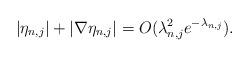
LaTeX: \begin{align*} \begin{aligned} |\eta_{n,j}|+|\nabla\eta_{n,j}|=O(\lambda_{n,j}^2e^{-\lambda_{n,j}}). \end{aligned}\end{align*}